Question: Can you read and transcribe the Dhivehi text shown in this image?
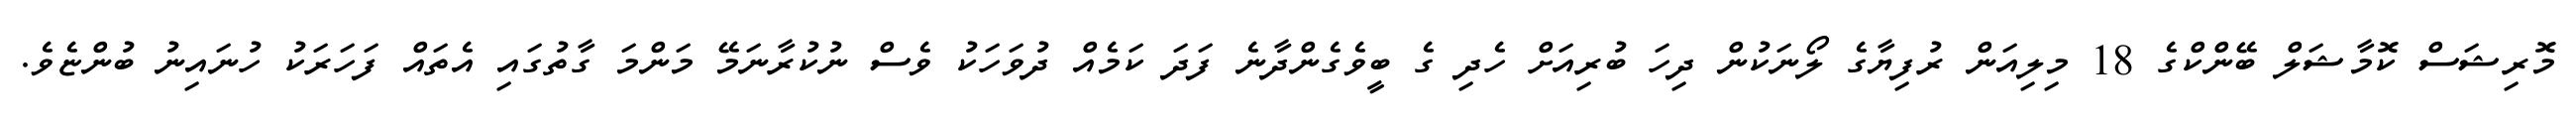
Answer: މޮރިޝަސް ކޮމާޝަލް ބޭންކްގެ 18 މިލިއަން ރުފިޔާގެ ލޯނަކުން ދިހަ ބުރިއަށް ހެދި ގެ ބީވެގެންދާނެ ފަދަ ކަމެއް ދުވަހަކު ވެސް ނުކުރާނަމޭ މަންމަ ގާތުގައި އެތައް ފަހަރަކު ހުނައިނު ބުންޏެވެ.